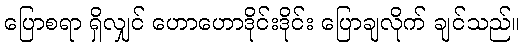
ပြောစရာ ရှိလျှင် ဟောဟောဒိုင်းဒိုင်း ပြောချလိုက် ချင်သည်။